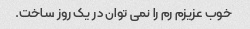
خوب عزیزم رم را نمی توان در یک روز ساخت.